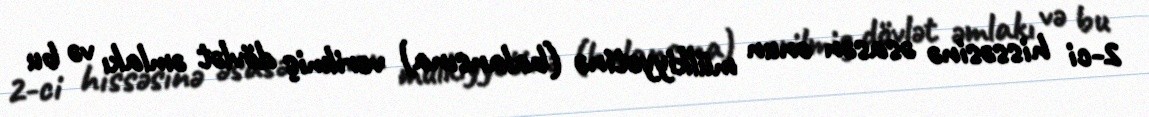
2-ci hissəsinə əsasən onun mülkiyyətinə (balansına) verilmiş dövlət əmlakı və bu